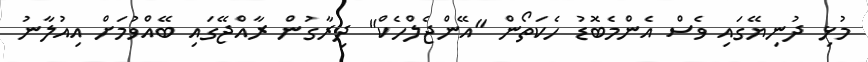
މުޅި ދުނިޔޭގައި ވެސް އެންމެބޮޑު ހެކަތޯން "އޭންޖެލްހެކް" ދިރާގުން ރާއްޖޭގައި ބޭއްވުމަށް އިއުލާނު